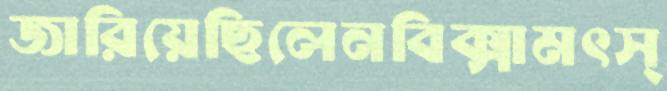
জারিয়েছিলেনবিক্সামৎস্